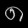
Digit: ၈